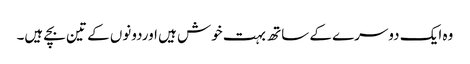
وہ ایک دوسرے کے ساتھ بہت خوش ہیں اوردونوں کے تین بچے ہیں۔